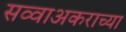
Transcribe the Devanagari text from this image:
सव्वाअकराच्या